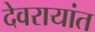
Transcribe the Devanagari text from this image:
देवरायांत